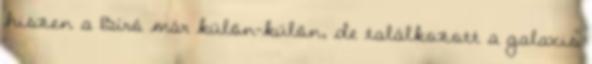
hiszen a Bíró már külön-külön, de találkozott a galaxis